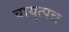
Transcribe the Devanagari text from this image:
वायुत्पन्न